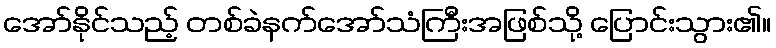
အော်နိုင်သည့် တစ်ခဲနက်အော်သံကြီးအဖြစ်သို့ ပြောင်းသွား၏။